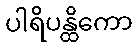
ပါရိပန္ထိကော